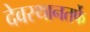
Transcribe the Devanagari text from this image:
देवस्थानतर्फे